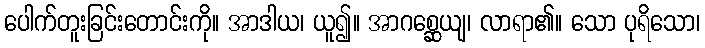
ပေါက်တူးခြင်းတောင်းကို။ အာဒါယ၊ ယူ၍။ အာဂစ္ဆေယျ၊ လာရာ၏။ သော ပုရိသော၊